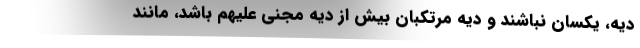
دیه، یکسان نباشند و دیه مرتکبان بیش از دیه مجنی علیهم باشد، مانند